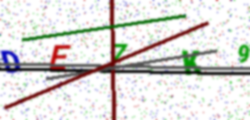
Text: DE7K9